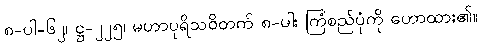
၈-ပါ-၆၂၊ ဋ္ဌ-၂၂၅၊ မဟာပုရိသဝိတက် ၈-ပါး ကြံစည်ပုံကို ဟောထား၏။